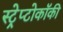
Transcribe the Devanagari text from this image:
स्ट्रेप्टोकॉकी